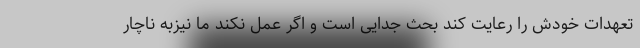
تعهدات خودش را رعایت کند بحث جدایی است و اگر عمل نکند ما نیزبه ناچار